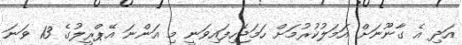
އަދި އެ ގާނޫނަށް އަމަލުކުރުމަށް ހަމަޖެހިފައިވަނީ މި އަންނަ އޭޕްރީލުގެ 13 ވަނަ